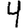
Digit: 4